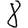
Digit: 8